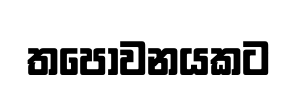
තපෝවනයකට